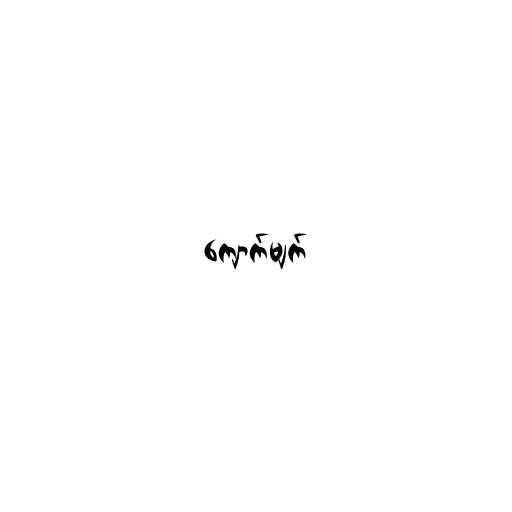
ကျောက်မျက်